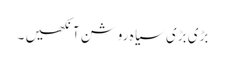
بڑی بڑی سیا ہ روشن آنکھیں ۔